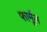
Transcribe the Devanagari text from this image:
फार्मूल